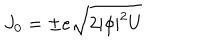
J _ { 0 } = \pm e \sqrt { 2 | \phi | ^ { 2 } U }